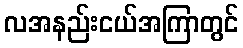
လအနည်းငယ်အကြာတွင်